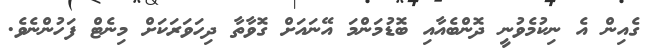
ގެއިން އެ ނިކުމެވުނީ ދޮންބެއާއި ބޮޑުމަންމަ އޭނައަށް ގޮވާތާ ދިހަވަރަކަށް މިނެޓް ފަހުންނެވެ.